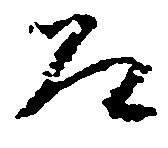
道